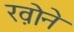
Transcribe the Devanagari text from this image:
ख़ोने